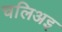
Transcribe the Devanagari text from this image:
चलिअइ